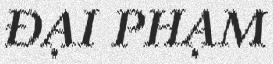
ĐẠI PHẠM